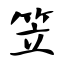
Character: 笠